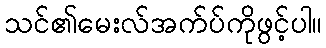
သင်၏မေးလ်အက်ပ်ကိုဖွင့်ပါ။